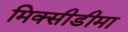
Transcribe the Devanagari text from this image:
मिक्सीडीमा